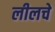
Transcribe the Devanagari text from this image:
लीलचे